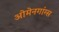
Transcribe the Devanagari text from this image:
ओमेनगांग्स